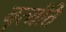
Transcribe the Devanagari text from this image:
नृत्यंति